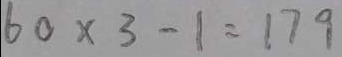
6 0 \times 3 - 1 = 1 7 9